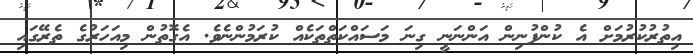
އިތުރުކުރުމަށް އެ ކުންފުނިން އަންނަނީ ގިނަ މަސައްކަތްތަކެއް ކުރަމުންނެވެ. އެގޮތުން މިއަހަރުގެ ތެރޭގައި